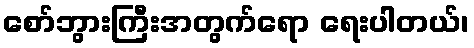
စော်ဘွားကြီးအတွက်ရော ရေးပါတယ်၊